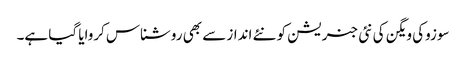
سوزوکی ویگن کی نئی جنریشن کو نئے انداز سے بھی روشناس کروایا گیا ہے۔